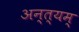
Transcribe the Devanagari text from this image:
अन्त्यम्